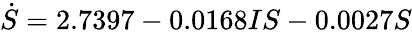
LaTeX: \dot{S}=2.7397-0.0168IS-0.0027S